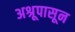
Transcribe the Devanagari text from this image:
अश्रूपासून